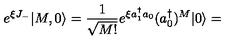
e ^ { \xi J _ { - } } | M , 0 \rangle = { \frac { 1 } { \sqrt { M ! } } } e ^ { \xi a _ { 1 } ^ { \dagger } a _ { 0 } } ( a _ { 0 } ^ { \dagger } ) ^ { M } | 0 \rangle =